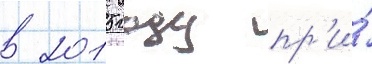
в 2015 году пр'и́